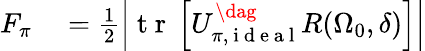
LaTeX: \begin{array}{rl}{F_{\pi}}&{{}=\frac{1}{2}\left|\mathrm{~t~r~}\left[U_{\pi,\mathrm{~i~d~e~a~l~}}^{\dag}R(\Omega_{0},\delta)\right]\right|}\end{array}